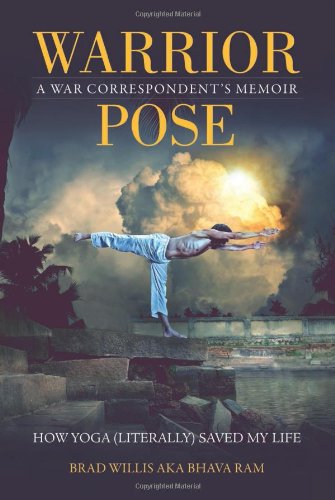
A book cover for Warrior Pose: How Yoga (Literally) Saved My Life; Brad Willis; Biographies & Memoirs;